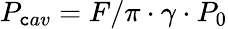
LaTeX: P_{\mathtt{c}av}={F/\pi}\cdot{\gamma}\cdot{P_{0}}